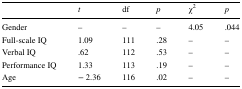
<table><thead><tr><td></td><td><b><i>t</i></b></td><td><b>df</b></td><td><b><i>p</i></b></td><td><b>χ<sup>2</sup></b></td><td><b><i>p</i></b></td></tr></thead><tbody><tr><td>Gender</td><td>–</td><td>–</td><td>–</td><td>4.05</td><td>.044</td></tr><tr><td>Full-scale IQ</td><td>1.09</td><td>111</td><td>.28</td><td>–</td><td>–</td></tr><tr><td>Verbal IQ</td><td>.62</td><td>112</td><td>.53</td><td>–</td><td>–</td></tr><tr><td>Performance IQ</td><td>1.33</td><td>113</td><td>.19</td><td>–</td><td>–</td></tr><tr><td>Age</td><td>− 2.36</td><td>116</td><td>.02</td><td>–</td><td>–</td></tr></tbody></table>